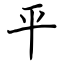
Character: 平